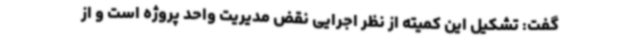
گفت: تشکیل این کمیته از نظر اجرایی نقض مدیریت واحد پروژه است و از